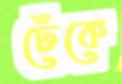
ঢেঁকে